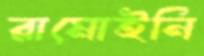
রামোইনি